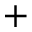
+